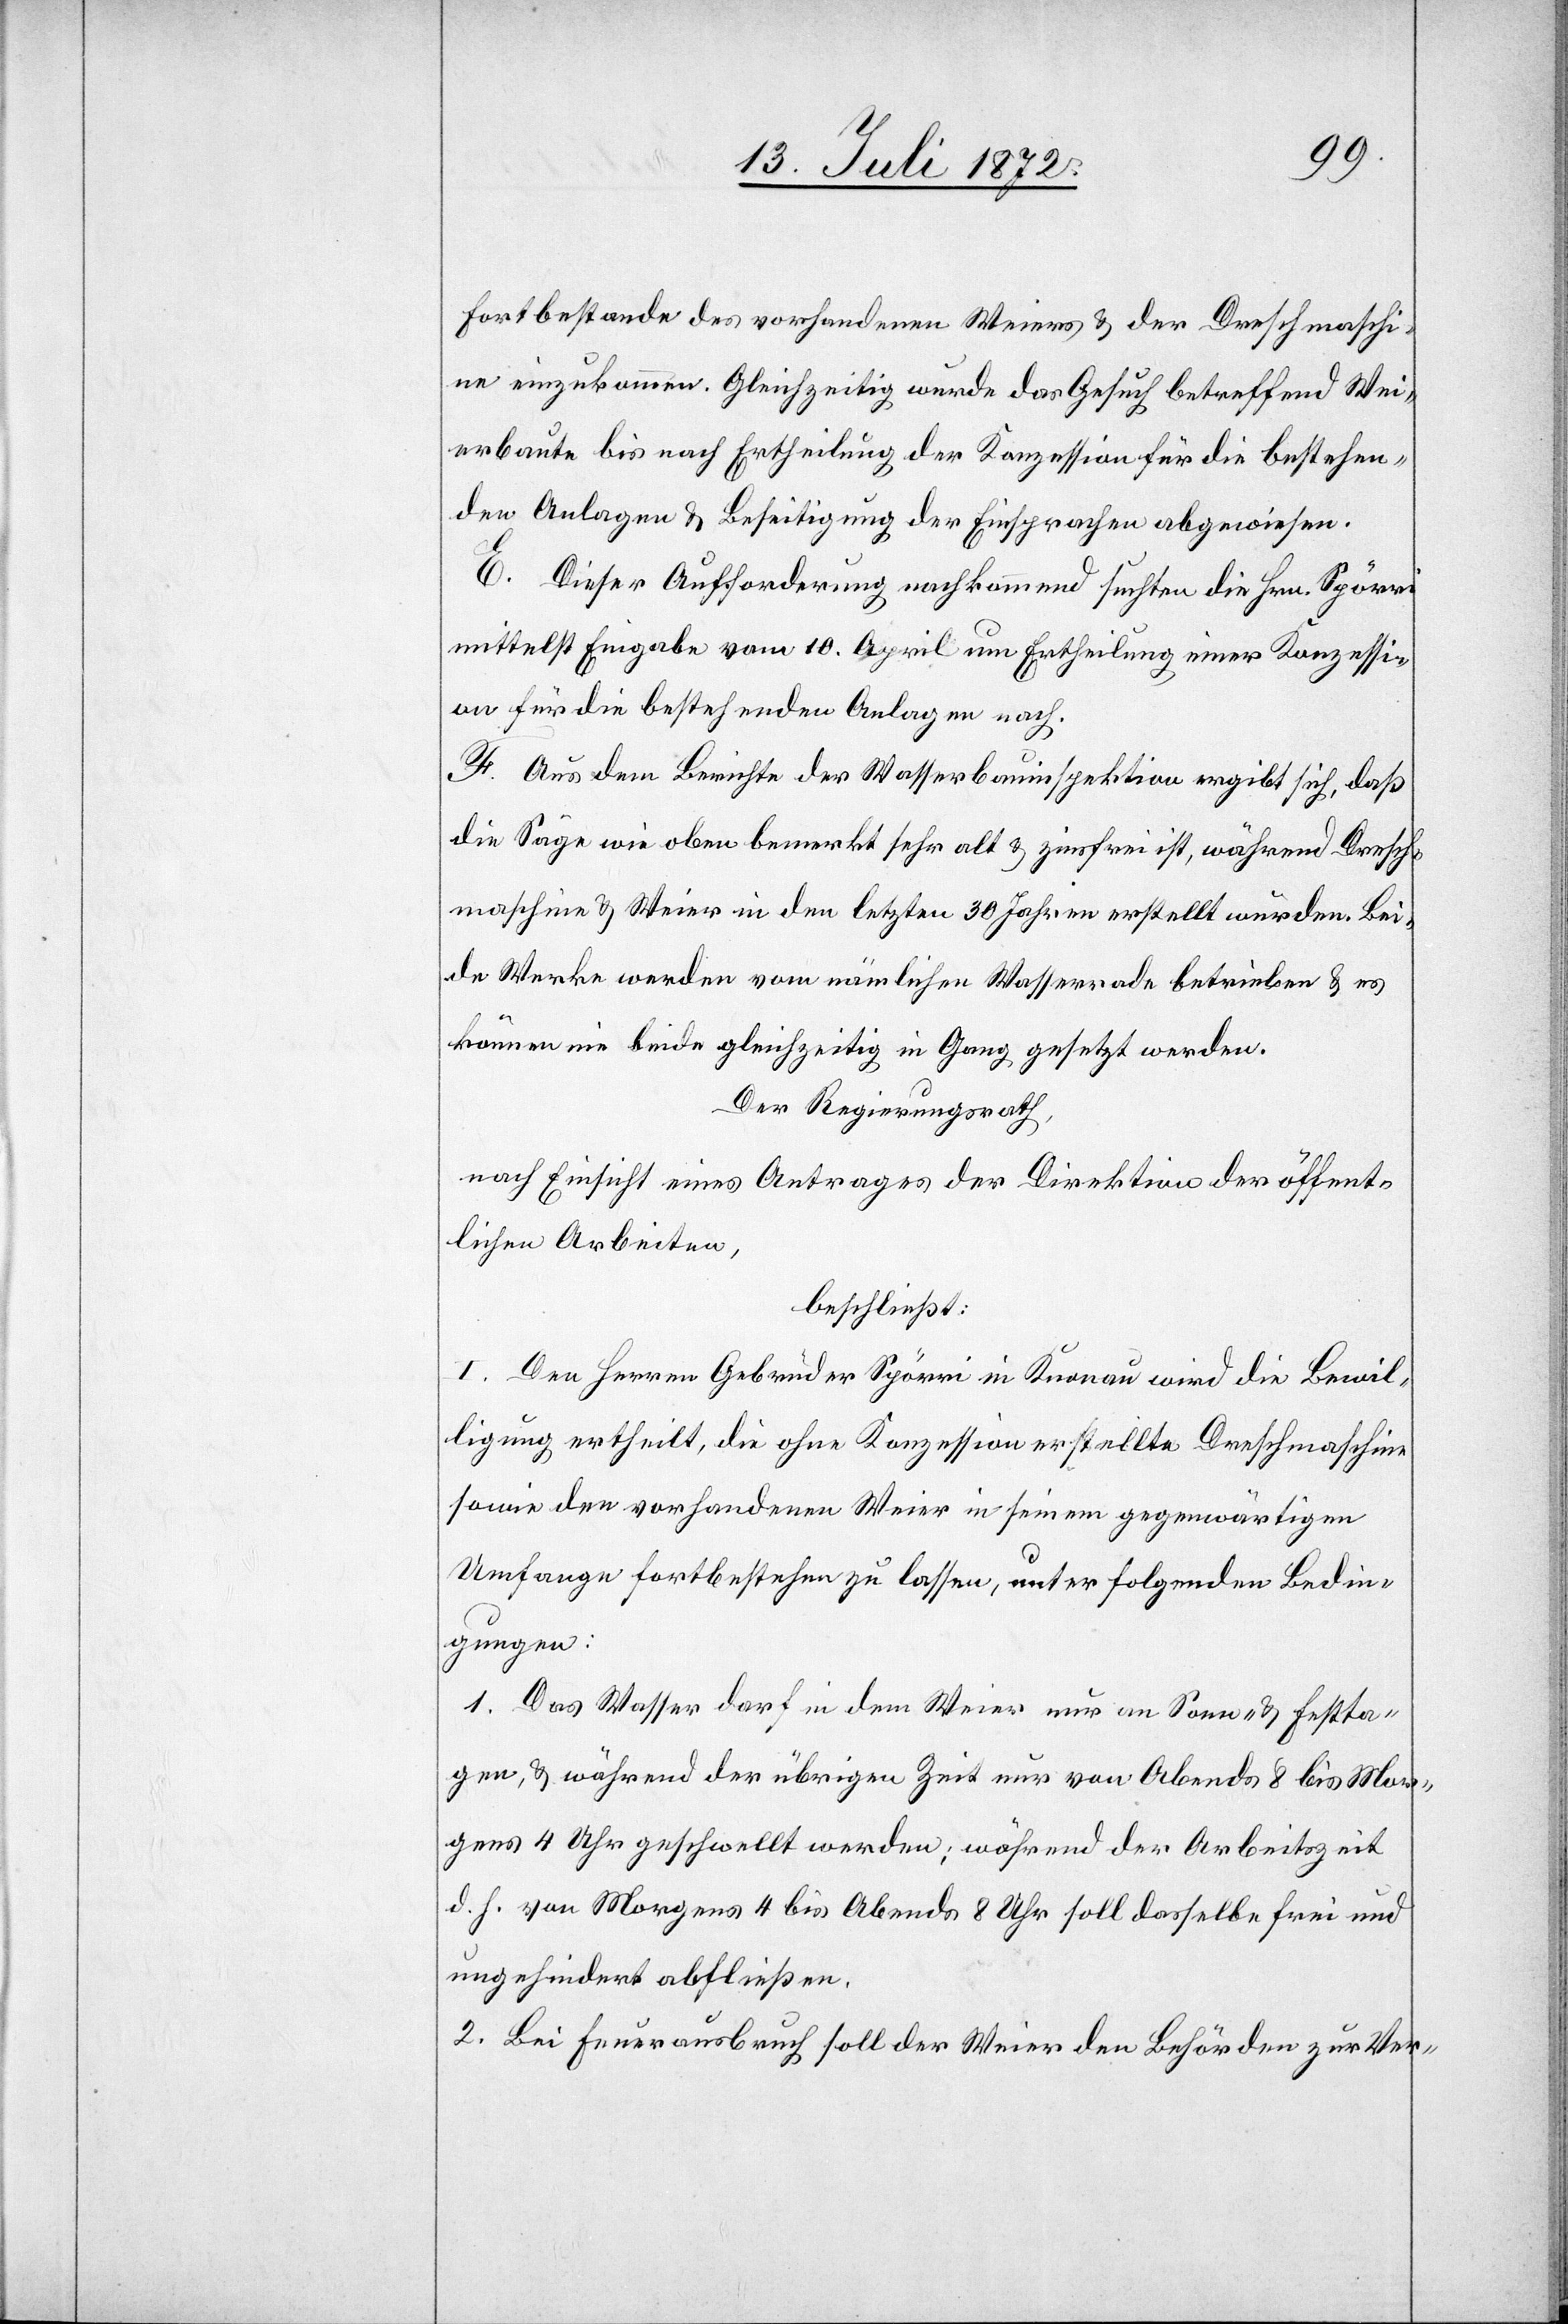
Fortbestande des vorhandenen Weiers u. der Drehmaschi¬
ne einzukommen. Gleichzeitig wurde das Gesuch betreffend Wei¬
erbaute bis nach Ertheilung der Konzession für die bestehen¬
den Anlagen u. Beseitigung der Einsprachen abgewiesen.
E. Dieser Aufforderung nachkommend suchten die Hrn. Spörri
mittelst Eingabe vom 10. April um Ertheilung einer Konzessi¬
on für die bestehenden Anlagen nach.
F. Aus dem Berichte der Wasserbauinspektion ergibt sich, daß
die Säge wie oben bemerkt sehr alt u. zinsfrei ist, während Dreh¬
maschine u. Weier in den letzten 30 Jahren erstellt wurden. Bei¬
de Werke werden vom nämlichen Wasserrade betrieben u. es
können nie beide gleichzeitig in Gang gesetzt werden.
Der Regierungsrath,
nach Einsicht eines Antrages der Direktion der öffent¬
lichen Arbeiten,
beschließt:
I. Den Herren Gebrüder Spörri in Knonau wird die Bewil¬
ligung ertheilt, die ohne Konzession erstellte Drehmaschine
sowie den vorhandenen Weier in seinem gegenwärtigen
Umfange fortbestehend zu lassen, unter folgenden Bedin¬
gungen:
1. Das Wasser darf in dem Weier nur an Sonn- u. Festta¬
gen, u. während der übrigen Zeit nur von Abends 8 bis Mor¬
gens 4 Uhr geschwellt werden; während der Arbeitszeit
d. h. von Morgens 4 bis Abends 8 Uhr soll dasselbe frei und
ungehindert abfließen.
2. Bei Feuerausbruch soll der Weier den Behörden zur Ver-